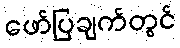
ဖော်ပြချက်တွင်